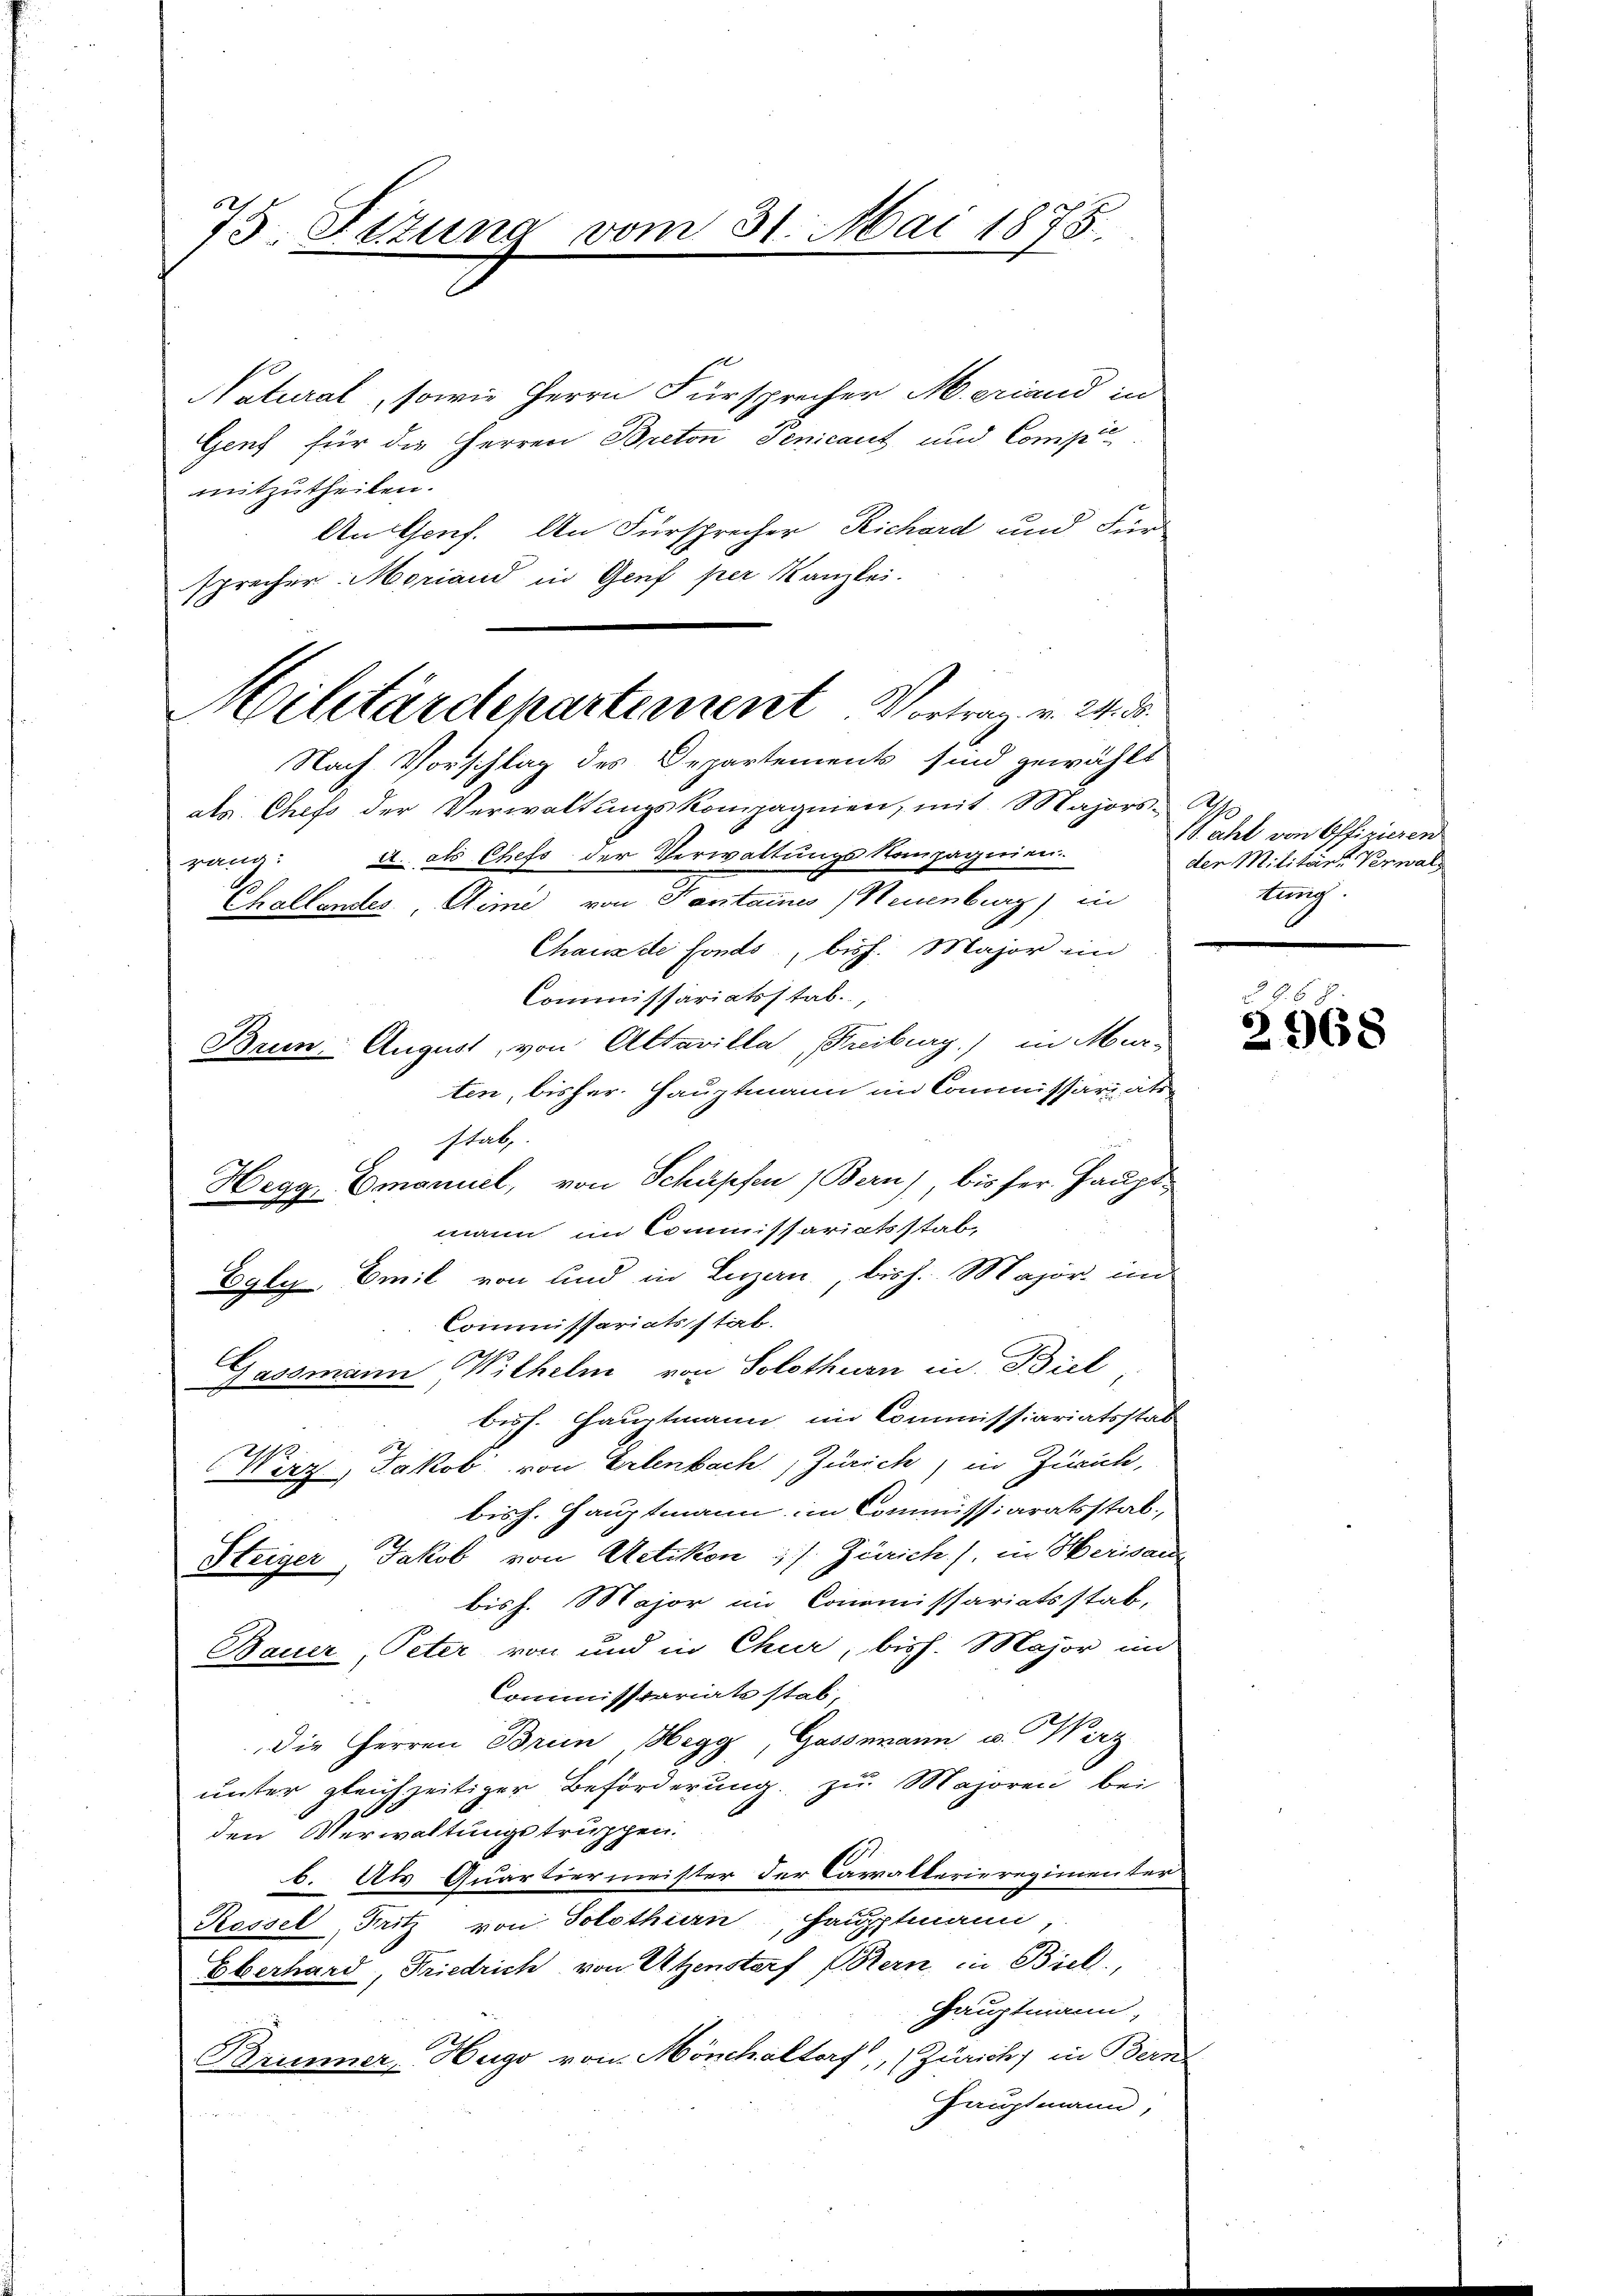
75. Setzung vom 31. Mai 1878.

Natural, sowie Herrn Fürsprecher M. erland in
Genf für die Herren Breton Penicant und Compit
mitzutheilen.
An Genf. An Fürsprecher Richard und Für
sprecher Moriand in Genf per Kanzlei.
1
als Chefs der Verwaltŭngskompagnien, mit Majors-Apo
it. als Chefs der Verwaltungskompagnien.
rana
Challantes, Stime von 3 antaines Neuenburg) in
Chaus de fonds, bish. Major in
Commissariatsstab.
Baun. August, von Altavilla Freiburg) in Murten, bisher. Hauptmann im Commissariatsstab,
Hegg Emanuel, von Schüpfen (Bern), bis her Hauptmann im Commissariatsstab,
Egly Emil von und in Luzern, bish. Major un-
Commissariatsstab.
Gassmann Wilhelm von Solothurn in Biel
besh. Hauptmann im Commissiariatsstat
Wirz, Jakob von Erlenbach Zürich, in Zürich,
bisch. Hauptmann im Commissiaratsstab.
Steiger, Jakob von Uetikon &. s. Zürich), in Herisau
bis h. Major im Conomissariatsstab,
Bauer Peter von und in Chur, bish. Major im
Commissariats stab,
2
Die Herren Brun Hegg, Gassmann u. Wirz
ŭnter gleichzeitiger Beförderŭng zŭ Majoren bei
den Verwaltungstruppen.
b. Als Quartiermeister der Carrallerieregimenter
Rossel, Fritz von Solothurn, Hauptmann,
Eberhard, Friedrich von Utzenstorf (Stern in Biel,
Hauptmann,
Brunner, Hugo von Mönchaltorf, (Zürich, in Bern-
Hauptmann,
 1 2

Militärdepartement Vortrag v. 24. d.
Nach Vorschlag des Departements sind gewählt

18. aht von Offizieren
der Militär-Verwald
tung.

2968